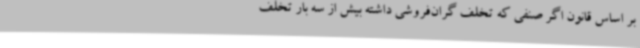
بر اساس قانون اگر صنفی که تخلف گران‌فروشی داشته بیش از سه بار تخلف